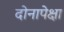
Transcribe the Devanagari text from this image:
दोनापेक्षा